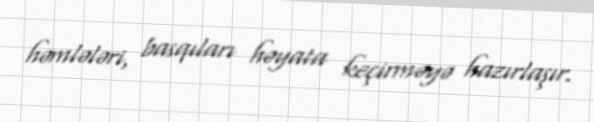
həmlələri, basqıları həyata keçirməyə hazırlaşır.